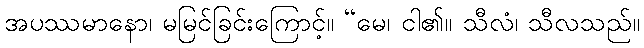
အပဿမာနော၊ မမြင်ခြင်းကြောင့်။ “မေ၊ ငါ၏။ သီလံ၊ သီလသည်။